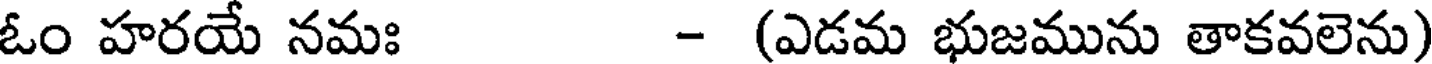
ఓం హరయే నమః - (ఎడమ భుజమును తాకవలెను)